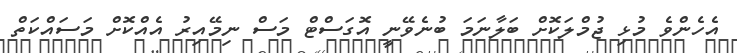
އެހެންވެ މުޅި ޖުމްލަކޮށް ބަލާނަމަ ބުނެވޭނީ އޮގަސްޓް މަސް ނިމޭއިރު އެއްކޮށް މަސައްކަތް